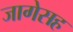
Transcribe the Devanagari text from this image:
जागेसह